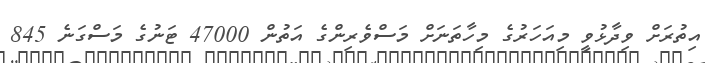
އިތުރަށް ވިދާޅުވީ މިއަހަރުގެ މިހާތަނަށް މަސްވެރިންގެ އަތުން 47000 ޓަނުގެ މަސްގަނެ 845